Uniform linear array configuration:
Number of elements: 12
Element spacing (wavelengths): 1
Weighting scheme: exponential
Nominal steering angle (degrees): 60
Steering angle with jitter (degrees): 60.524
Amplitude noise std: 0.05
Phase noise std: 0.05

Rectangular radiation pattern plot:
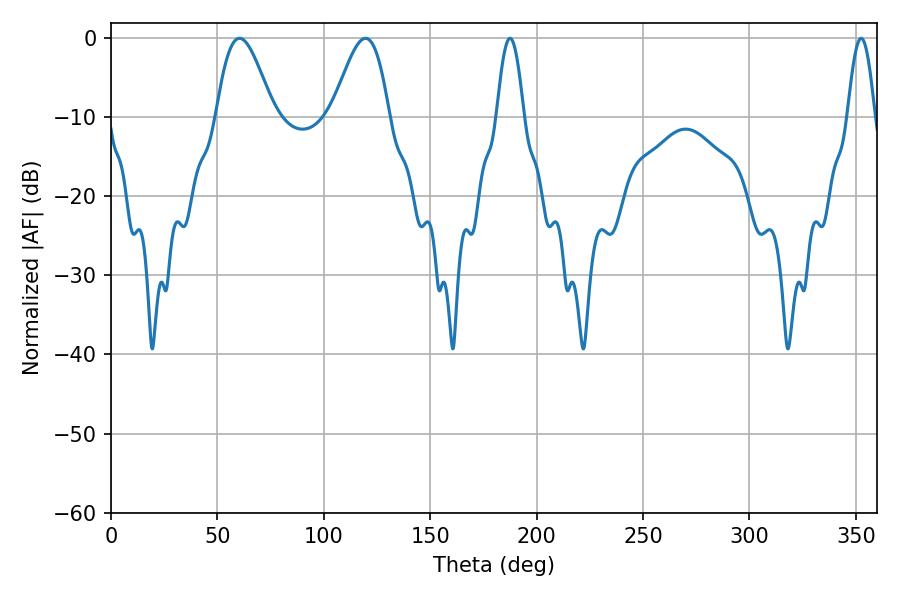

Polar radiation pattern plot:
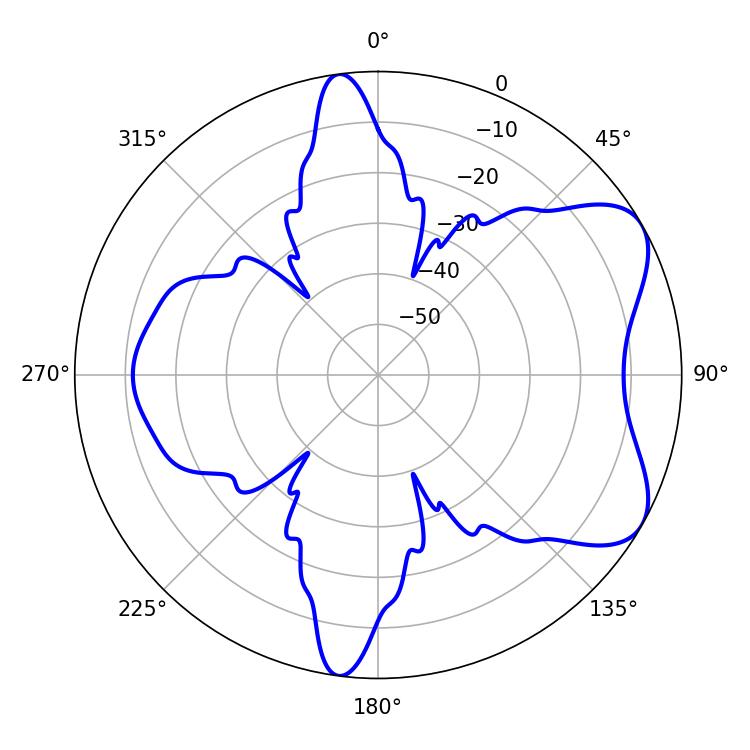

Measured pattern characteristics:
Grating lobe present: TRUE
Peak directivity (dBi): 6.526
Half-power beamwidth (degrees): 14.4
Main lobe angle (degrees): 60.3